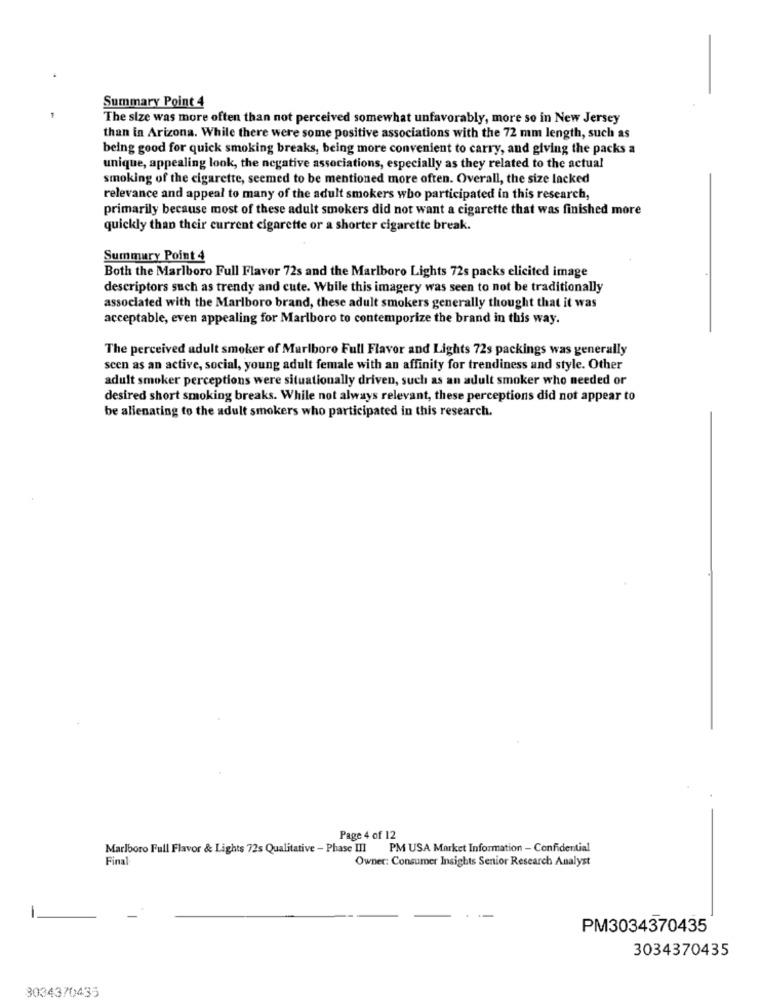
Summary Point 4
The size was more often than not perceived somewhat unfavorably, more so in New Jersey
than in Arizona. While there were some positive associations with the 72 mm length, such as
being good for quick smoking breaks, being more convenient to carry, and giving the packs a
unique, appealing look, the negative associations, especially as they related to the actual
smoking of the cigarette, seemed to be mentioned more often. Overall, the size lacked
relevance and appeal to many of the adult smokers who participated in this research,
primarily because most of these adult smokers did not want a cigarette that was finished more
quickly than their current cigarette or a shorter cigarette break.
Summary Point 4
Both the Marlboro Full Flavor 72s and the Marlboro Lights 72s packs elicited image
descriptors such as trendy and cute. While this imagery was seen to not be traditionally
associated with the Marlboro brand, these adult smokers generally thought that it was
acceptable, even appealing for Marlboro to contemporize the brand in this way.
The perceived adult smoker of Marlboro Full Flavor and Lights 72s packings was generally
scen as an active, social, young adult female with an affinity for trendiness and style. Other
adult smoker perceptions were situationally driven, such as an adult smoker who needed or
desired short smoking breaks. While not always relevant, these perceptions did not appear to
be alienating to the adult smokers who participated in this research.
Page 4 of 12
Marlboro Full Flavor & Lights 72s Qualitative - Phase III
PM USA Market Information - Confidential
Final
Owner: Consumer Insights Senior Research Analyst
-
PM3034370435
3034370435
3034370435